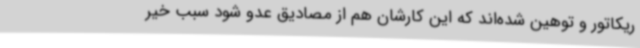
ریکاتور و توهین شده‌اند که این کارشان هم از مصادیق عدو شود سبب خیر